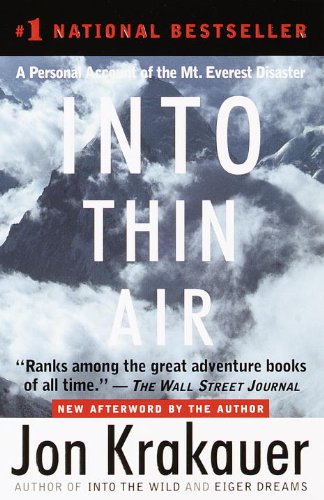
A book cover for Into Thin Air: A Personal Account of the Mt. Everest Disaster; Jon Krakauer; Biographies & Memoirs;